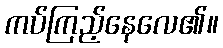
ကပ်ကြည့်နေလေ၏။